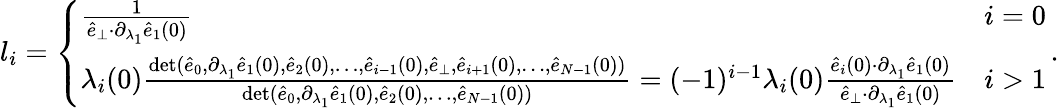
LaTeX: \begin{array}{r}{l_{i}=\left\{ \begin{array}{ll}{\frac{1}{\hat{e}_{\perp}{\cdot}\partial_{\lambda_{1}}\hat{e}_{1}(0)}}&{i=0}\\ {\lambda_{i}(0)\frac{\operatorname*{det}(\hat{e}_{0},\partial_{\lambda_{1}}\hat{e}_{1}(0),\hat{e}_{2}(0),\dots,\hat{e}_{i-1}(0),\hat{e}_{\perp},\hat{e}_{i+1}(0),\dots,\hat{e}_{N-1}(0))}{\operatorname*{det}(\hat{e}_{0},\partial_{\lambda_{1}}\hat{e}_{1}(0),\hat{e}_{2}(0),\dots,\hat{e}_{N-1}(0))}=(-1)^{i-1}\lambda_{i}(0)\frac{\hat{e}_{i}(0){\cdot}\partial_{\lambda_{1}}\hat{e}_{1}(0)}{\hat{e}_{\perp}{\cdot}\partial_{\lambda_{1}}\hat{e}_{1}(0)}}&{i>1}\end{array}\right.\, .}\end{array}